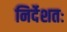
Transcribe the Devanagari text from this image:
निर्देशतः